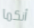
أنكما